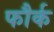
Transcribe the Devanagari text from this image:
फौर्क